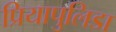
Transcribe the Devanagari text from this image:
प्रियापुलिडा